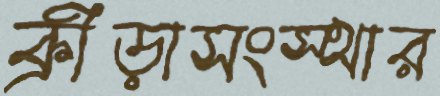
ক্রীড়াসংস্থার